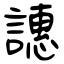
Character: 譓